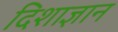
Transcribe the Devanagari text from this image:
दिशाज्ञान